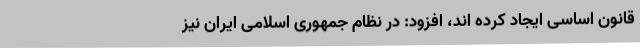
قانون اساسی ایجاد کرده اند، افزود: در نظام جمهوری اسلامی ایران نیز